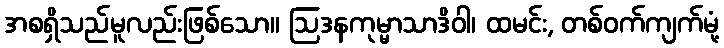
အစရှိသည်မူလည်းဖြစ်သော။ ဩဒနကုမ္မာသာဒိဝါ၊ ထမင်း, တစ်ဝက်ကျက်မုံ့